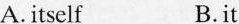
A.itself B.it